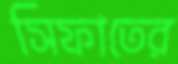
সিফাতের